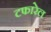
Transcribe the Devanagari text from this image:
टफारेल